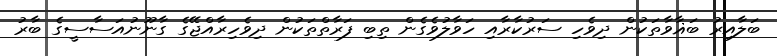
ބަލާއިރު ބަޣާވާތަކުން ދިވެހި ސަރުކާރާއި ހަވާލުވެގެން ތިބި ފަރާތްތަކުން ދިވެހިރާއްޖޭގެ ގާނޫނުއަސާސީގެ ބާރު